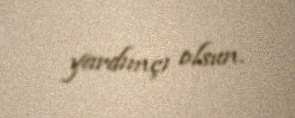
yardımçı olsun.